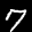
Label: 7